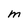
Character: M